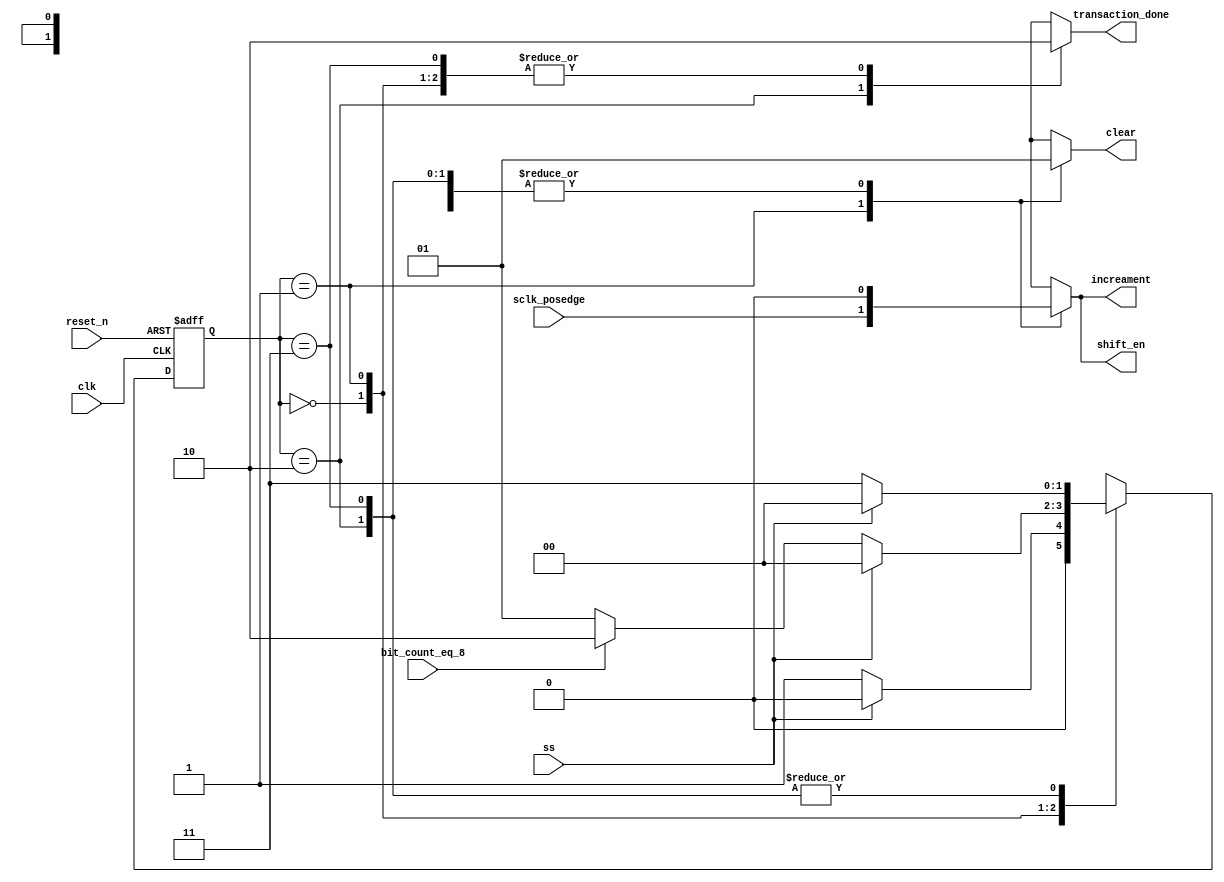
module spi_fsm(
    input clk, 
    input reset_n,  
    input sclk_posedge, 
  	input bit_count_eq_8,
    input ss, 

    output reg shift_en, 
    output reg clear, 
    output reg increament,
    output reg transaction_done
);

    reg [1:0] present_state, next_state; 
    parameter IDLE = 2'b00; 
    parameter TRANSFER = 2'b01; 
    parameter FINISH = 2'b10; 
    parameter WAIT_SS_HIGH = 2'b11; 

    always @(*) begin
        begin: NSL
         case(present_state)
            IDLE: next_state = !ss? TRANSFER: IDLE;
            TRANSFER: next_state = !ss? (bit_count_eq_8? FINISH: TRANSFER) : IDLE; 
            FINISH: next_state = !ss? WAIT_SS_HIGH : IDLE;  
            WAIT_SS_HIGH: next_state = !ss? WAIT_SS_HIGH: IDLE; 
         endcase 
        end 

        begin: OL
        case(present_state) 
            IDLE: begin
                clear = 1; 
                increament = 0; 
                shift_en = 0; 
                transaction_done = 0; 
            end
            TRANSFER: begin
                clear = 0; 
                increament = sclk_posedge; 
                shift_en = sclk_posedge; 
                transaction_done = 0;
            end
            FINISH: begin             
                clear = 1; 
                increament = 0; 
                shift_en = 0; 
                transaction_done = 1;
            end
            WAIT_SS_HIGH: begin
                clear = 1; 
                increament = 0; 
                shift_en = 0; 
                transaction_done = 0;
            end
        endcase 
        end 
    end 

    always @(posedge clk or negedge reset_n) begin 
        if(!reset_n) 
            present_state <= IDLE; 
        else 
            present_state <= next_state; 
    end
  
endmodule